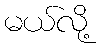
မယ်လို့